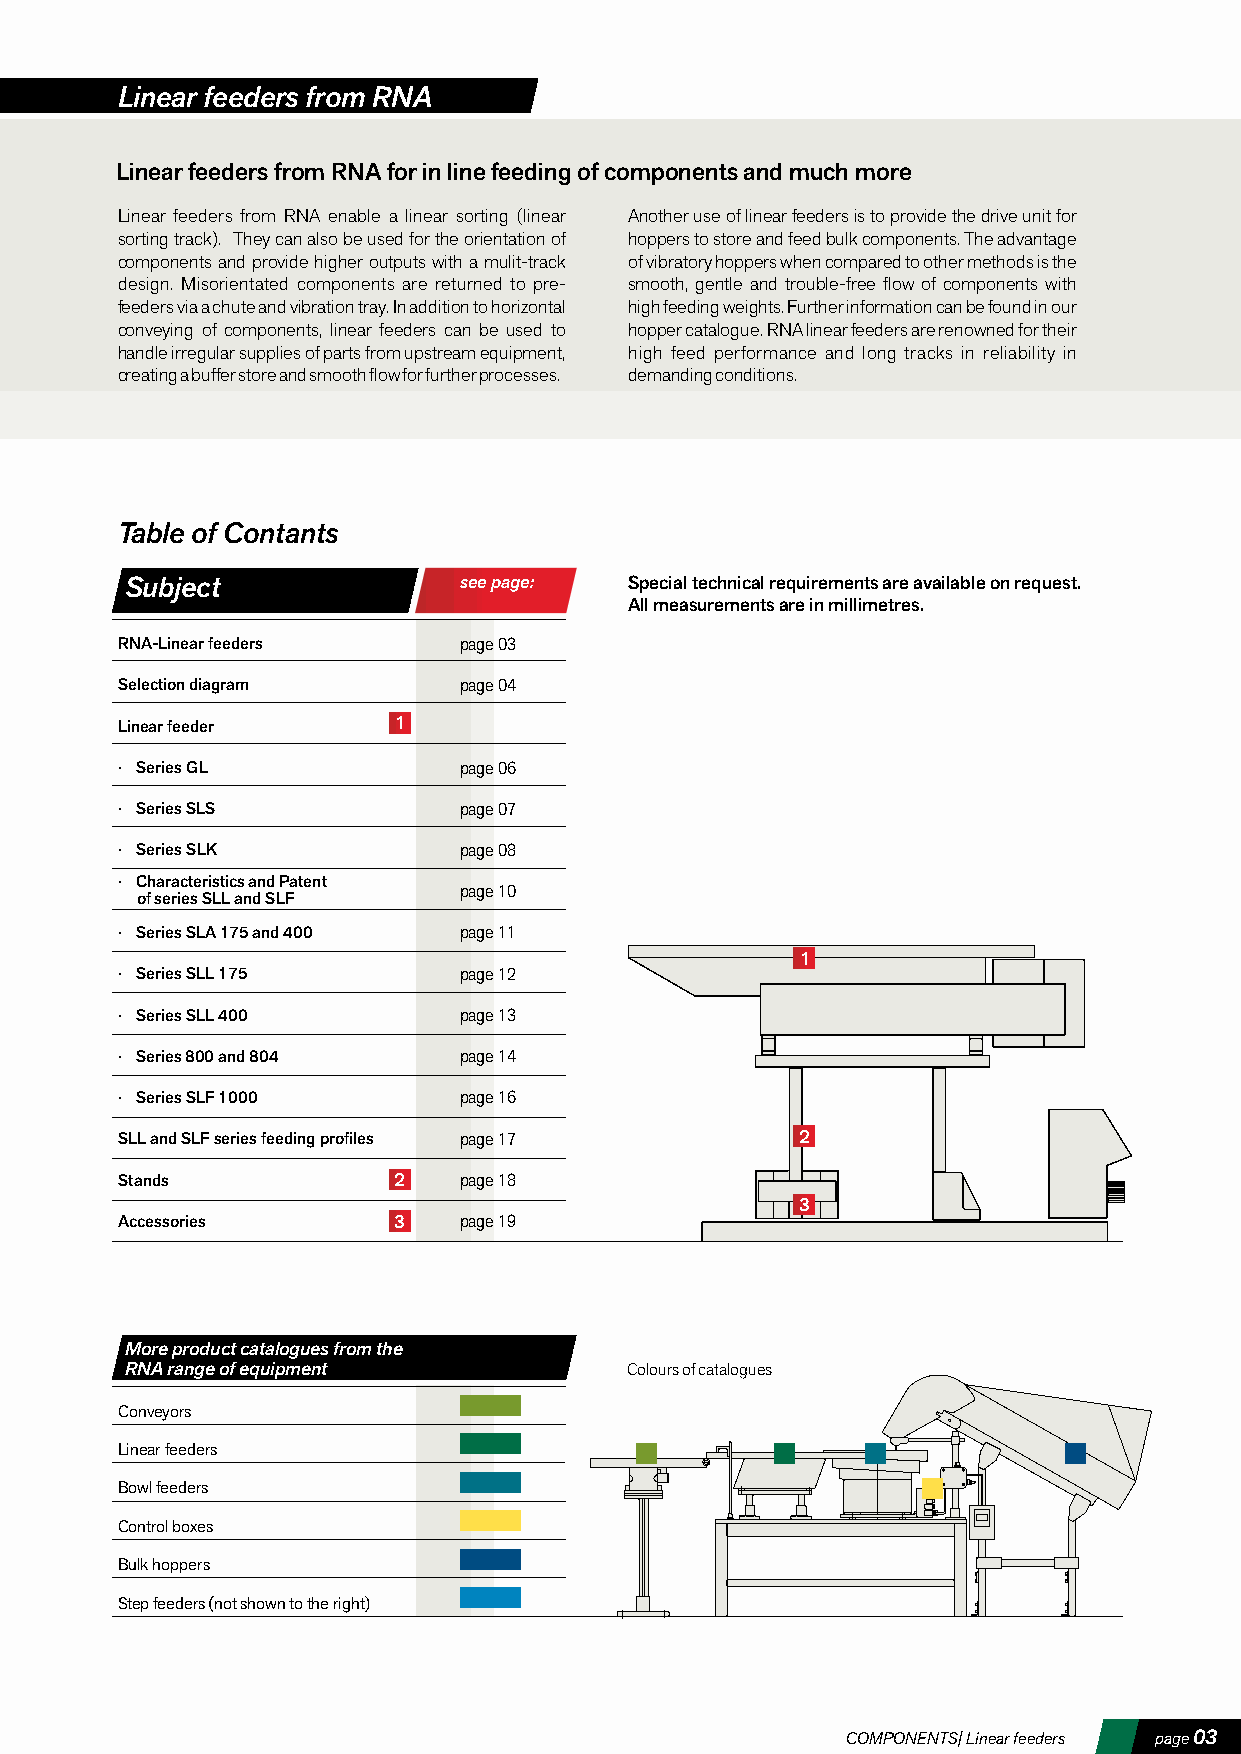
Linear feeders from RNA
 Linear feeders from RNA for in line feeding of components and much more
 Linear feeders from RNA enable a linear sorting (linear Another use of linear feeders is to provide the drive unit for
 sorting track). They can also be used for the orientation of hoppers to store and feed bulk components. The advantage
 components and provide higher outputs with a mulit-track of vibratory hoppers when compared to other methods is the
 design. Misorientated components are returned to pre- smooth, gentle and trouble-free flow of components with
 feeders via a chute and vibration tray. In addition to horizontal high feeding weights. Further information can be found in our
 conveying of components, linear feeders can be used to hopper catalogue. RNA linear feeders are renowned for their
 handle irregular supplies of parts from upstream equipment, high feed performance and long tracks in reliability in
 creating a buffer store and smooth flow for further processes. demanding conditions.
 Table of Contants
 Subject               see page:   Special technical requirements are available on request.
 All measurements are in millimetres.
 RNA-Linear feeders    page 03
 Selection diagram     page 04
 Linear feeder     1
 · Series GL           page 06
 · Series SLS          page 07
 · Series SLK          page 08
 · Characteristics and Patent
 page 10
 of series SLL and SLF
 · Series SLA 175 and 400 page 11
 1
 · Series SLL 175      page 12
 · Series SLL 400      page 13
 · Series 800 and 804  page 14
 · Series SLF 1000     page 16
 SLL and SLF series feeding profiles page 17  2
 Stands            2   page 18
 3
 Accessories       3   page 19
 More product catalogues from the
 RNA range of equipment           Colours of catalogues
 Conveyors
 Linear feeders
 Bowl feeders
 Control boxes
 Bulk hoppers
 Step feeders (not shown to the right)
 COMPONENTS| Linear feeders page 03